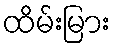
ထိမ်းမြား